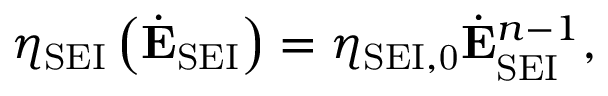
\eta _ { \mathrm { S E I } } \left( \dot { \mathbf { E } } _ { \mathrm { S E I } } \right) = \eta _ { \mathrm { S E I , 0 } } \dot { \mathbf { E } } _ { \mathrm { S E I } } ^ { n - 1 } ,